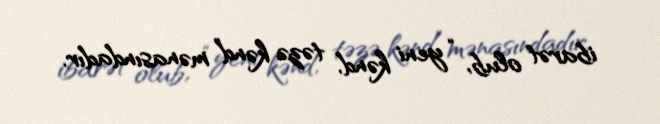
ibarət olub, “yeni kənd, təzə kənd” mənasındadır.